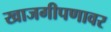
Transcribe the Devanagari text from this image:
खाजगीपणावर